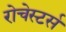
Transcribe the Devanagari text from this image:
रोचेस्टर्स